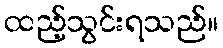
ထည့်သွင်းရသည်။